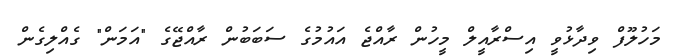
މަހުލޫފް ވިދާޅުވީ އިސްރާއީލް މީހުން ރާއްޖެ އައުމުގެ ސަބަބުން ރާއްޖޭގެ "އަމަން" ގެއްލިގެން